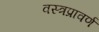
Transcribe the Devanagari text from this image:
वस्त्रप्रावर्ण